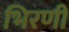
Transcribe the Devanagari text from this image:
भिरणी